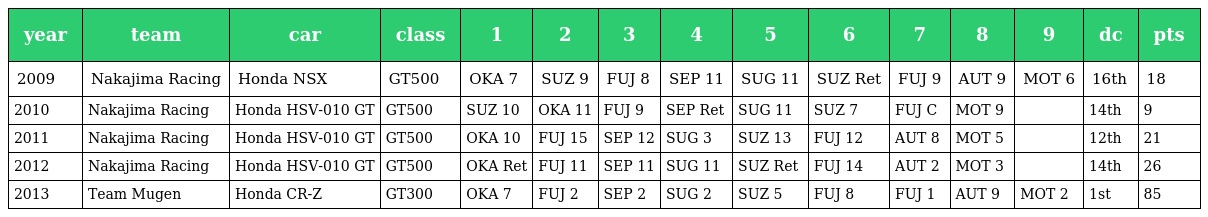
| year | team | car | class | 1 | 2 | 3 | 4 | 5 | 6 | 7 | 8 | 9 | dc | pts |
 | --- | --- | --- | --- | --- | --- | --- | --- | --- | --- | --- | --- | --- | --- | --- |
 | 2009 | Nakajima Racing | Honda NSX | GT500 | OKA 7 | SUZ 9 | FUJ 8 | SEP 11 | SUG 11 | SUZ Ret | FUJ 9 | AUT 9 | MOT 6 | 16th | 18 |
 | 2010 | Nakajima Racing | Honda HSV-010 GT | GT500 | SUZ 10 | OKA 11 | FUJ 9 | SEP Ret | SUG 11 | SUZ 7 | FUJ C | MOT 9 |  | 14th | 9 |
 | 2011 | Nakajima Racing | Honda HSV-010 GT | GT500 | OKA 10 | FUJ 15 | SEP 12 | SUG 3 | SUZ 13 | FUJ 12 | AUT 8 | MOT 5 |  | 12th | 21 |
 | 2012 | Nakajima Racing | Honda HSV-010 GT | GT500 | OKA Ret | FUJ 11 | SEP 11 | SUG 11 | SUZ Ret | FUJ 14 | AUT 2 | MOT 3 |  | 14th | 26 |
 | 2013 | Team Mugen | Honda CR-Z | GT300 | OKA 7 | FUJ 2 | SEP 2 | SUG 2 | SUZ 5 | FUJ 8 | FUJ 1 | AUT 9 | MOT 2 | 1st | 85 |